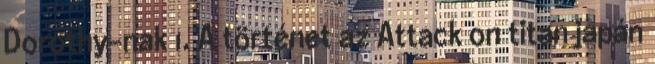
Dorothy-nak 1. A történet az Attack on titan japán